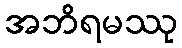
အဘိရမဿု